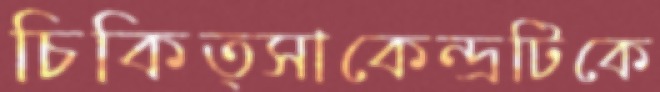
চিকিত্সাকেন্দ্রটিকে